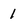
Character: 1